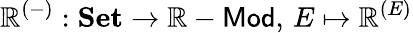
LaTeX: \mathbb{R}^{(-)}:{\textbf{{Set}}}\to\mathbb{R}-{\mathsf{{Mod}}},\, E\mapsto\mathbb{R}^{(E)}